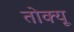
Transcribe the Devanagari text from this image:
तोक्यू